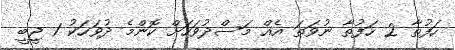
ހަފުތާ 2 ހަފުތާ ނުވަތަ އެއް މަސްދުވަހަށް ކޮންމެ ދުވަހަކު 1 ޖީބީ